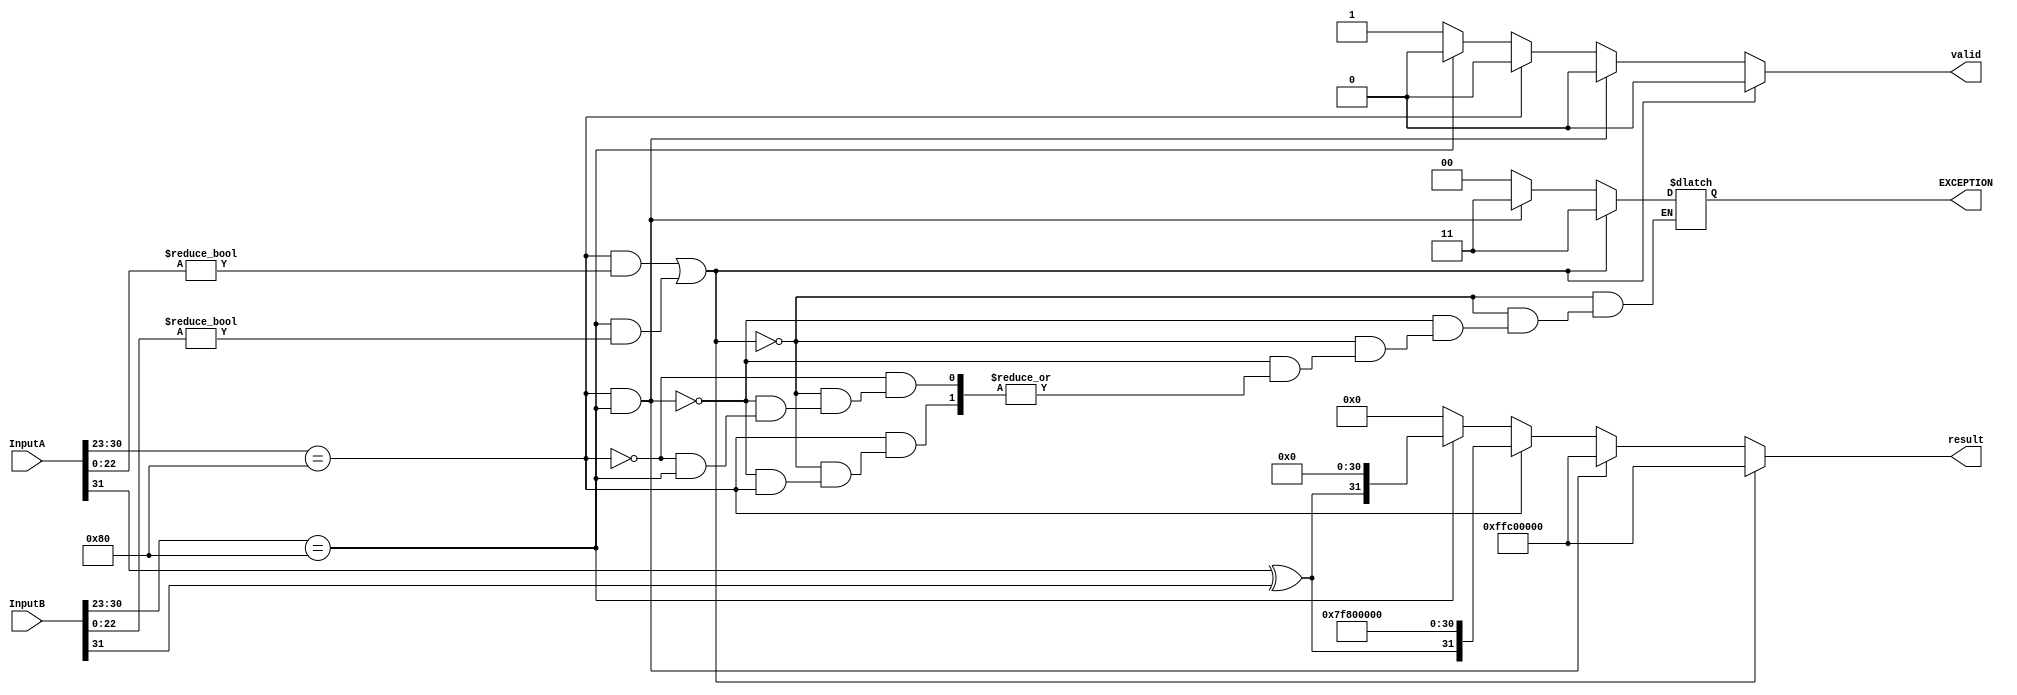
module checkInputs(InputA, InputB, result, EXCEPTION, valid);
	input [31:0] InputA;
	input [31:0] InputB;

	output [31:0] result;
	output [1:0] EXCEPTION;
	output valid;

	// matissa parts of the inputs
	reg [22:0] mantissaA;
	reg [22:0] mantissaB;

	// exponent parts of the inputs
	reg [8:0] expA;
	reg [8:0] expB;

	// sign bits of the inputs
	reg signA;
	reg signB;

	// a NaN value
	reg [31:0] valNaN;

	// an Inf value
	reg [31:0] valInf;

	// a Zero value
	reg [31:0] valZero;

	// holds the value to output as exception
	reg [1:0] EXCEPTION;
	
	// quotient for invalid inputs
	reg [31:0] result;

	// inputs valid or not - 1 for valid
	reg valid;

	initial
	begin // initial block starts
		mantissaA = InputA[22:0];
		mantissaB = InputB[22:0];
		
		expA = InputA[30:23];
		expB = InputB[30:23];

		signA = InputA[31];
		signB = InputB[31];

		valNaN[31] = 1;
		valNaN[30:23] = 255;
		valNaN[22] = 1;
		valNaN[21:0] = 0;

		valInf[31] = InputA[31] ^ InputB[31];
		valInf[30:23] = 255;
		valInf[22:0] = 0;

		valZero[31] = InputA[31] ^ InputB[31];
		valZero[30:23] = 0;
		valZero[22:0] = 0;
		
		valid = 1'b0;

	#1
	// check if InputA or InputB is NaN
	if ((expA == 128 && mantissaA != 0) || (expB == 128 && mantissaB != 0))
	begin
		// exception 11 - invalid operands
		EXCEPTION = 2'b11;

		// quotient NaN
		result = valNaN;
	end

	// check if InputA and InputB is inf
	else if (expA == 128 && expB == 128)
	begin
		// exception 11 - invalid operands
		EXCEPTION = 2'b11;

		// quotient NaN
		result = valNaN;
	end

	// check if InputA is inf
	else if (expA == 128)
	begin
		// check if InputB is zero
		if ($signed(expB == -127) && mantissaB == 0)
		begin
			// exception 00 - division by zero attempted
			EXCEPTION = 2'b00;

			// quotient NaN
			result = valNaN;
		end

		// quotient inf
		result = valInf;
	end

	// check if InputB is inf
	else if (expB == 128)
	begin
		// quotient zero
		result = valZero;
	end

	// check if InputA is zero
	else if ($signed(expA == -127) && mantissaA == 0)
	begin
		// check if InputB is also zero
		if ($signed(expB == -127) && mantissaB == 0)
		begin
			// exception 00 - division by zero attempted
			EXCEPTION = 2'b00;

			// quotient NaN
			result = valNaN;
		end

		// quotient zero
		result = valZero;
	end

	// check if InputB is zero
	else if ($signed(expB == -127) && mantissaB == 0)
	begin
		// exception 00 - division by zero attempted
		EXCEPTION = 2'b00;

		// quotient NaN
		result = valNaN;
	end

	// valid inputs
	else
	begin
		valid = 1'b1;
		result = 0; // dummy value
		EXCEPTION = 2'b00; // dummy value
	end

	end // initial block ends
	//>>> TEST FOR DENORMALIZED INPUTS <<<
endmodule

/*
// module to put NaN into the quotient
module putNaN(result);
	output [31:0] result;

	reg [31:0] result;

	initial
	begin
		result[31] = 1;
		result[30:23] = 255;
		result[22] = 1;
		result[21:0] = 0;
	end

endmodule

// module to put the appropriate infinite (+ or -)
// into the quotient
module putInf(signA, signB, result);
	input signA;
	input signB;
	output [31:0] result;

	reg [31:0] result;

	initial
	begin 
		result[31] = signA ^ signB;
		result[30:23] = 255;
		result[22:0] = 0;
	end

endmodule

// module to put zero in the quotient
module putZero(signA, signB, result);
	input signA;
	input signB;
	output [31:0] result;

	reg [31:0] result;

	initial
	begin
		result[31] = signA ^ signB;
		result[30:23] = 0;
		result[22:0] = 0;
	end

endmodule
*/